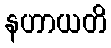
နဟာယတိ